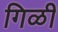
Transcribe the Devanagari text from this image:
गिळी